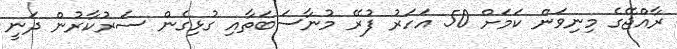
ރާއްޖޭގެ މިނިވަން ކަމަށް 50 އަހަރު ފުރޭ މުނާސަބަތާއި ގުޅިގެން ސަރުކާރުން ދަނީ